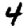
Digit: 4